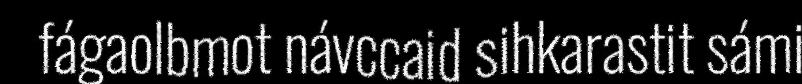
fágaolbmot návccaid sihkarastit sámi